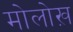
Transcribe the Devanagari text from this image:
मोलोख़